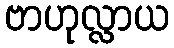
ဗာဟုလ္လာယ